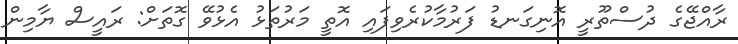
ރާއްޖޭގެ ދުސްތޫރީ އޮނިގަނޑު ފަރުމާކުރެވިފައި އޮތީ މަރުތަޅު އެޅުވޭ ގޮތަށް: ރައީސް ޔާމިން